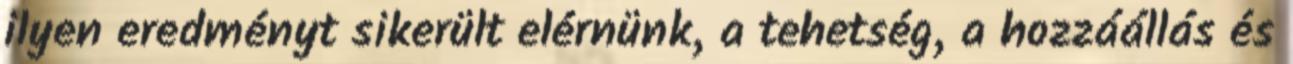
ilyen eredményt sikerült elérnünk, a tehetség, a hozzáállás és